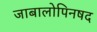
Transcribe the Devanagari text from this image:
जाबालोपिनषद